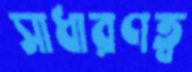
সাধারণত্ব